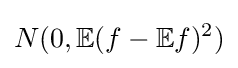
N(0,\mathbb {E} (f-\mathbb {E} f)^{2})